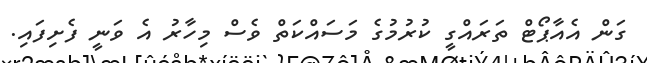
ގަން އެއާޕޯޓް ތަރައްގީ ކުރުމުގެ މަސައްކަތް ވެސް މިހާރު އެ ވަނީ ފެށިފައި.